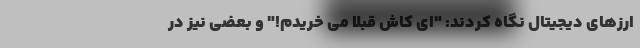
ارزهای دیجیتال نگاه کردند: "ای کاش قبلاً می خریدم!" و بعضی نیز در